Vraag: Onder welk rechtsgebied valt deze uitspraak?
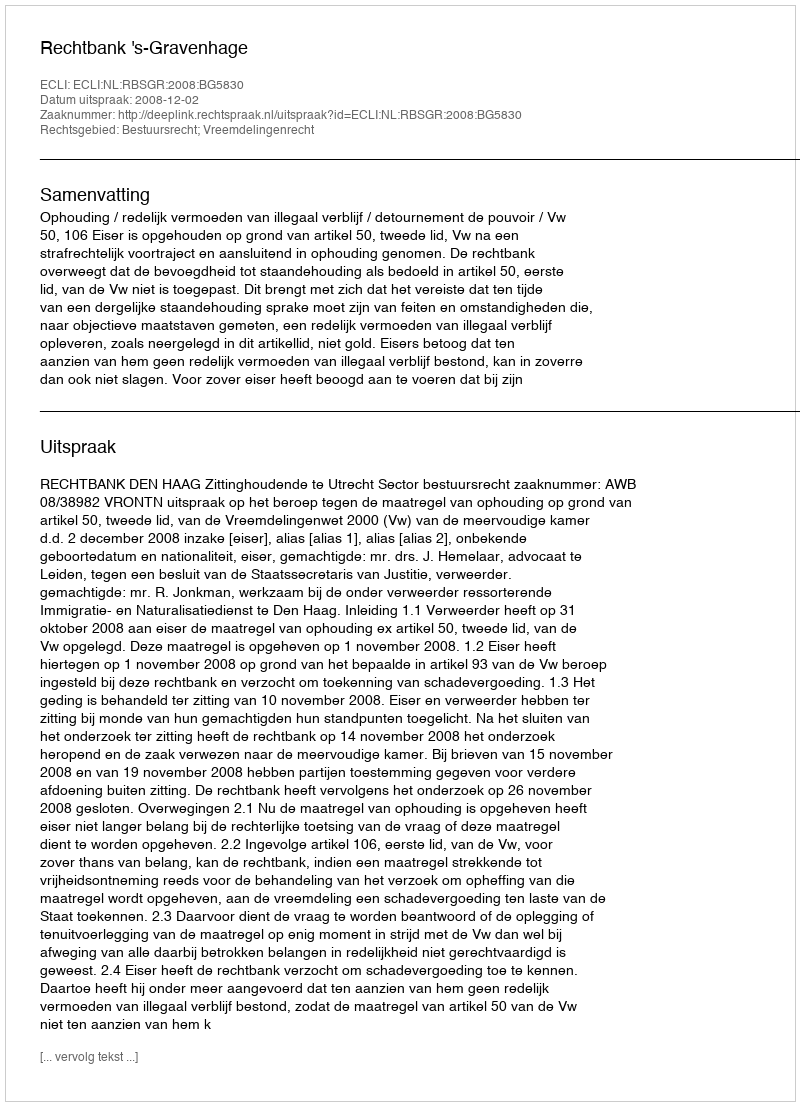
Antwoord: Bestuursrecht; Vreemdelingenrecht